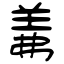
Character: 羛